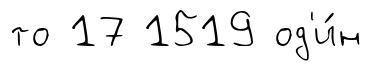
то 17 1519 од'и́н